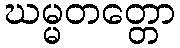
ဃမ္မတတ္တော